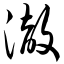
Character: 澈